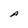
Character: A